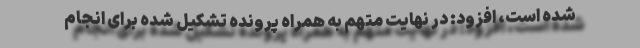
شده است، افزود: در نهایت متهم به همراه پرونده تشکیل شده برای انجام